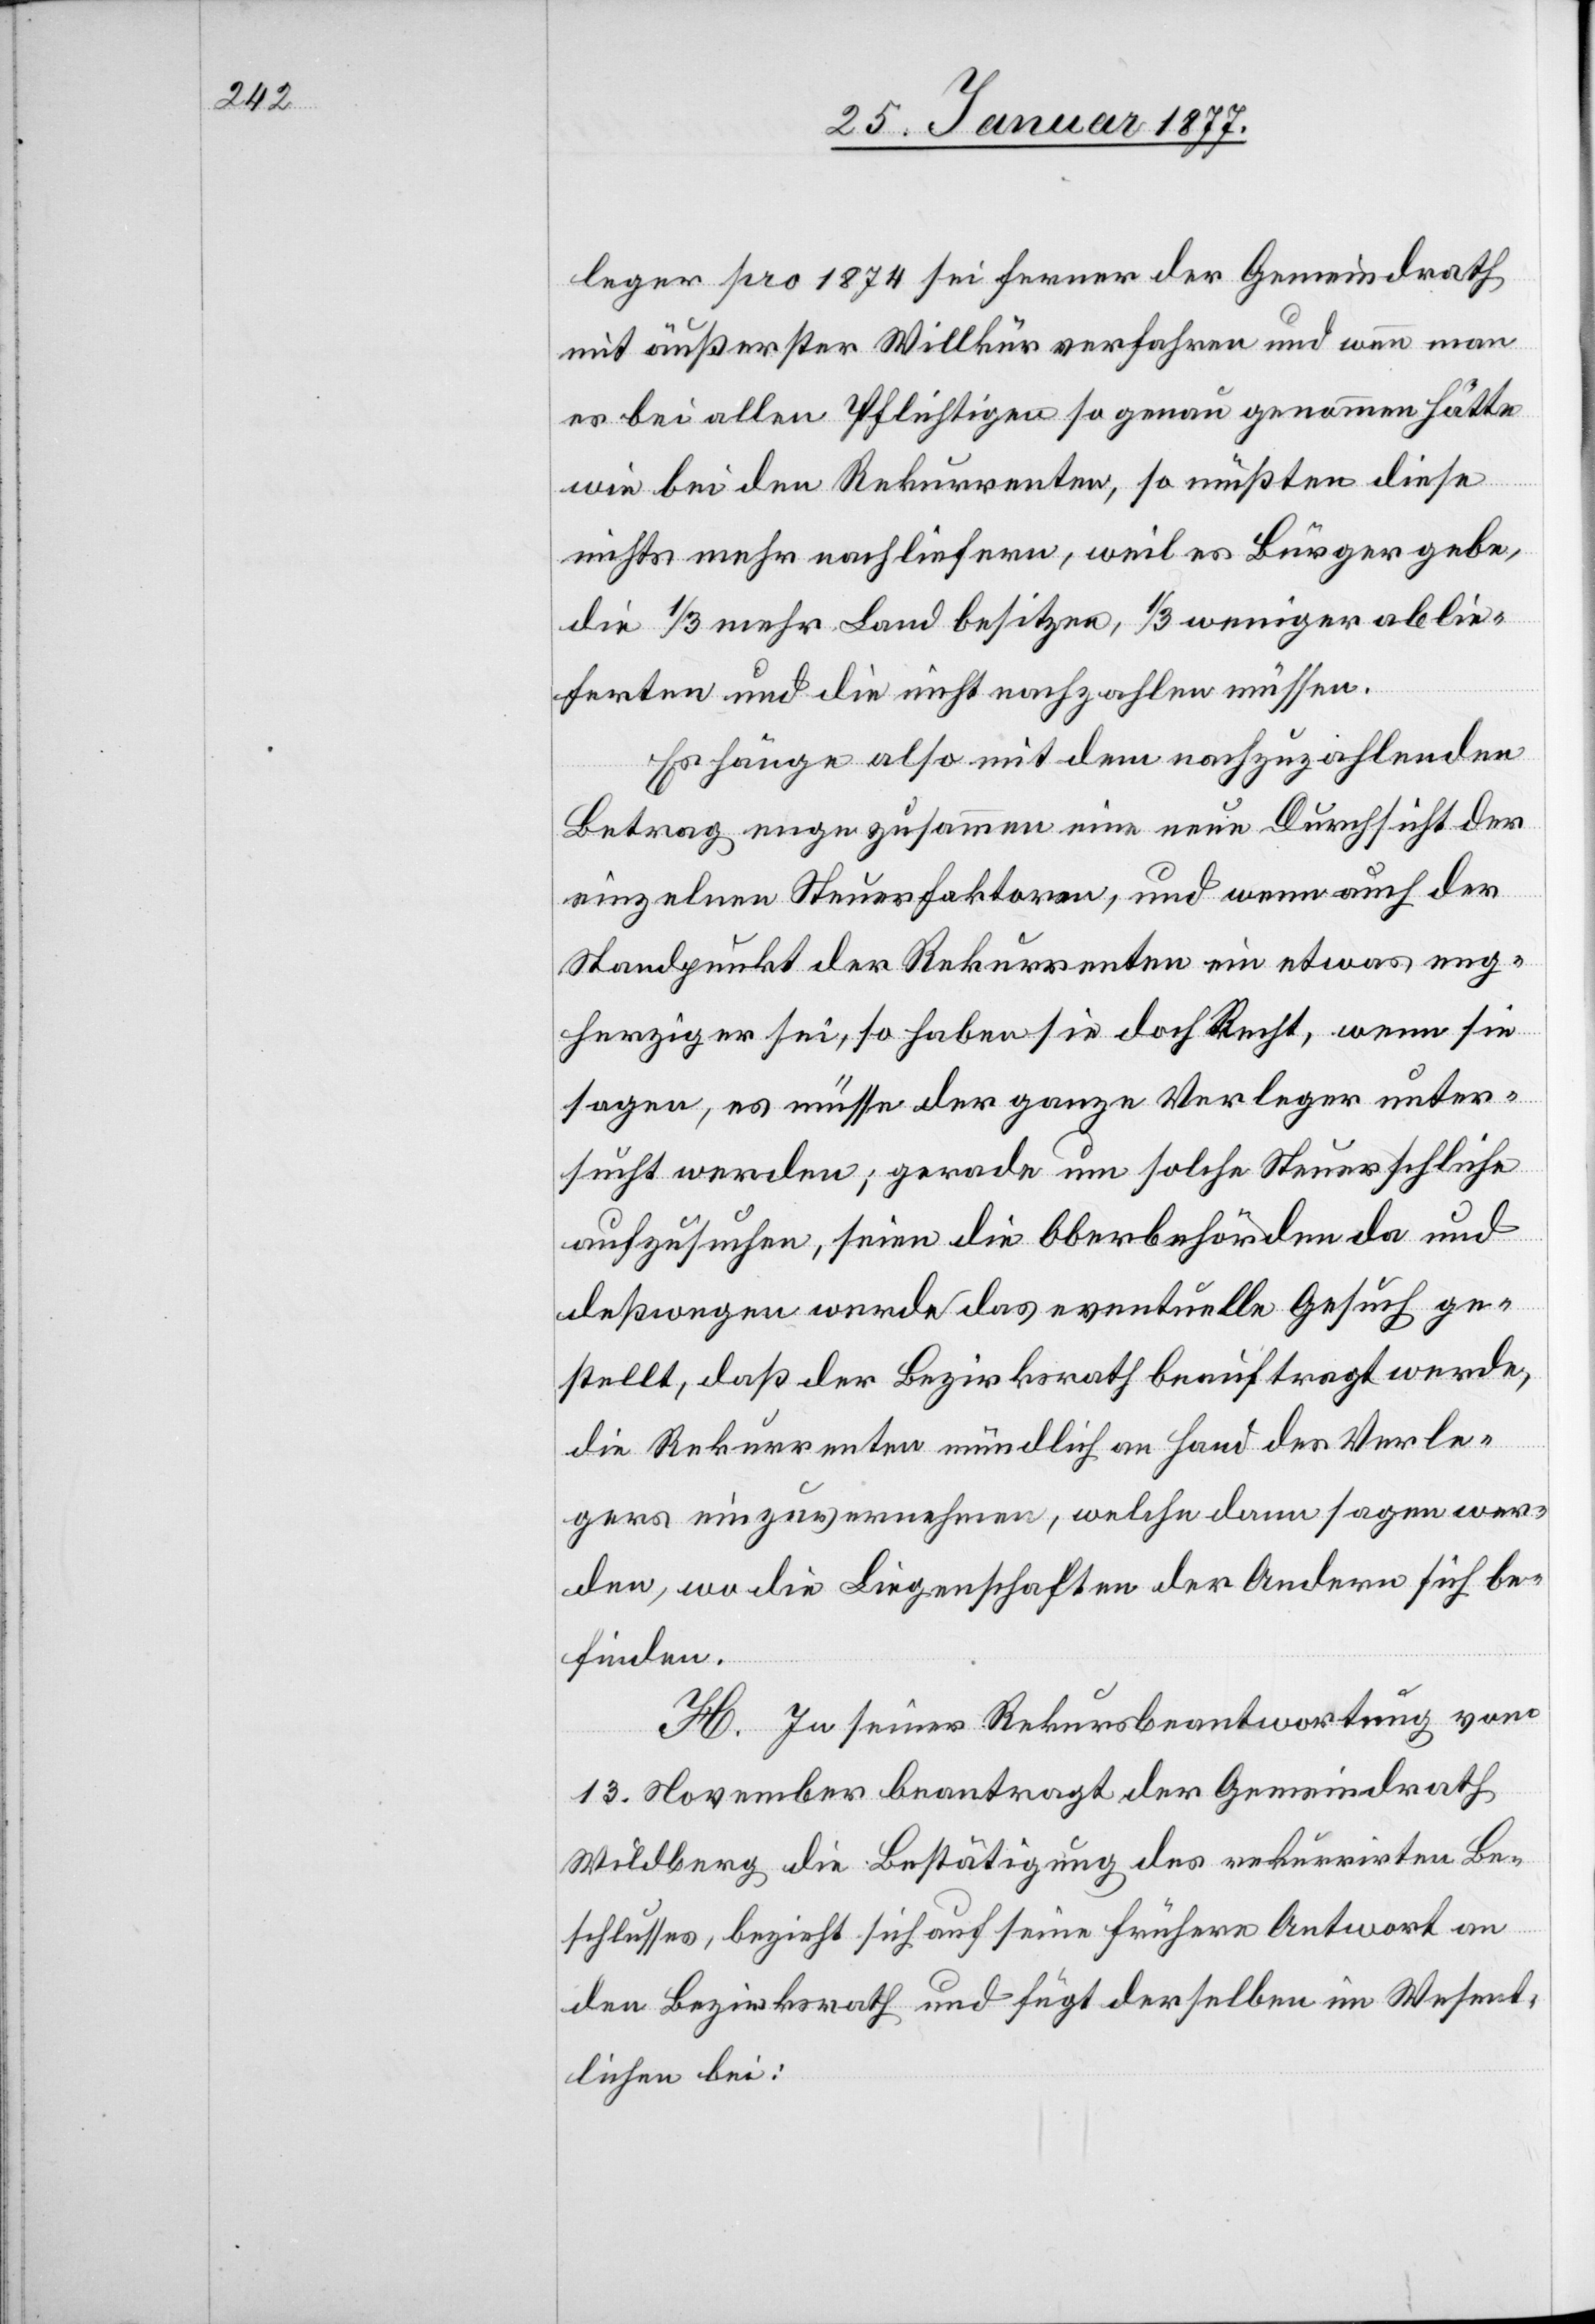
leger pro 1874 sei ferner der Gemeindrath
mit äußerster Willkür verfahren und wenn man
es bei allen Pflichtigen so genau genommen hätte,
wie bei den Rekurrenten, so müßten diese
nichts mehr nachliefern, weil es Bürger gebe,
ablieferten und die nicht nachzahlen müssen.
Es hänge also mit dem nachzuzahlenden
Betrag enge zusammen eine neue Durchsicht der
einzelnen Steuerfaktoren, und wenn auch der
Standpunkt der Rekurrenten ein etwas eng¬
herziger sei, so haben sie doch Recht, wenn sie
sagen, es müsse der ganze Verleger unter¬
sucht werden; gerade um solche Steuerschliche
aufzusuchen, seien die Oberbehörden da und
deßwegen werde das eventuelle Gesuch ge¬
stellt, daß der Bezirksrath beauftragt werde,
die Rekurrenten mündlich an Hand des Verle¬
gers einzuvernehmen, welche dann sagen wer¬
den, wo die Liegenschaften der Andern sich be¬
finden.
H. In seiner Rekursbeantwortung vom
13. November beantragt der Gemeindrath
Wildberg die Bestätigung des rekurrirten Be¬
schlusses, bezieht sich auf seine frühere Antwort an
den Bezirksrath und fügt derselben im Wesent¬
lichen bei: